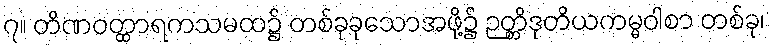
၇။ တိဏဝတ္ထာရကသမထ၌ တစ်ခုခုသောအဖို့၌ ဉတ္တိဒုတိယကမ္မဝါစာ တစ်ခု၊